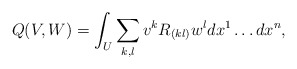
\begin{align*} Q(V, W) = \int_U \sum_{k,l} v^k R_{(kl)} w^l dx^1 \ldots dx^n,\end{align*}